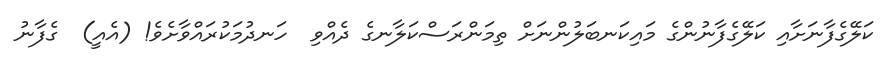
ކަލޭގެފާނަށާއި ކަލޭގެފާނުންގެ މައިކަނބަލުންނަށް ތިމަންރަސްކަލާނގެ ދެއްވި  ހަނދުމަކުރައްވާށެވެ! (އެއީ)  ގެފާނު